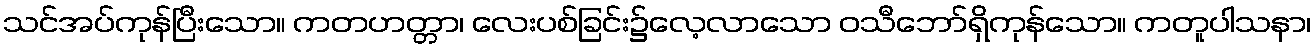
သင်အပ်ကုန်ပြီးသော။ ကတဟတ္တာ၊ လေးပစ်ခြင်း၌လေ့လာသော ဝသီဘော်ရှိကုန်သော။ ကတူပါသနာ၊